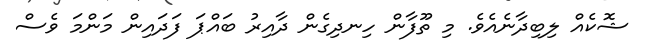
ޝޮކެއް ލިބިދާނެއެވެ. މި ތޫފާން ހިނދިގެން ދާއިރު ބައްޕަ ފަދައިން މަންމަ ވެސް